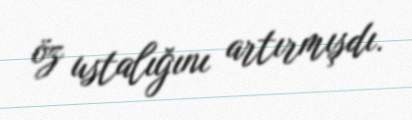
öz ustalığını artırmışdı.